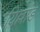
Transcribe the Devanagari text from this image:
यिल्लांड